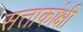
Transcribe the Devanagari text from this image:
सत्ताकांक्षी